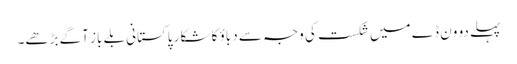
پہلے دو وَن ڈے میں شکست کی وجہ سے دباؤ کا شکار پاکستانی بلے باز آگے بڑھے۔